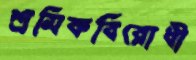
শ্রমিকবিরোধী